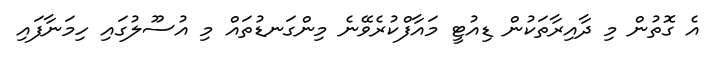
އެ ގޮތުން މި ދާއިރާތަކުން ޑިއުޓީ މައާފްކުރެވޭނެ މިންގަނޑުތައް މި އުސޫލުގައި ހިމަނާފައި